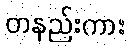
တနည်းကား